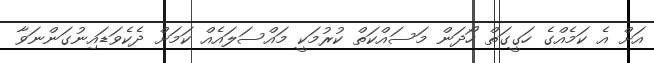
އަށް އެ ކަމެއްގެ ހަގީގަތް ހޯދަން މަސައްކަތް ކުރުމަކީ މައްސަލައެއް ކަމަށް ދެކެވަޑައިނުގަންނަވާ